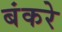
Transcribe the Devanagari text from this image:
बंकरे